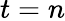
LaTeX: t=n